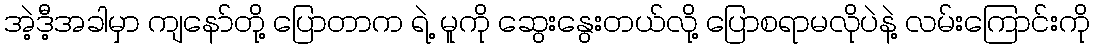
အဲ့ဒီ့အခါမှာ ကျနော်တို့ ပြောတာက ရဲ့ မူကို ဆွေးနွေးတယ်လို့ ပြောစရာမလိုပဲနဲ့ လမ်းကြောင်းကို